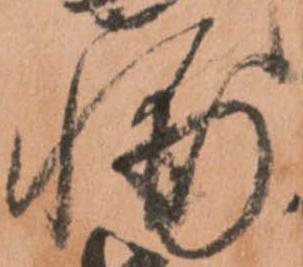
輔